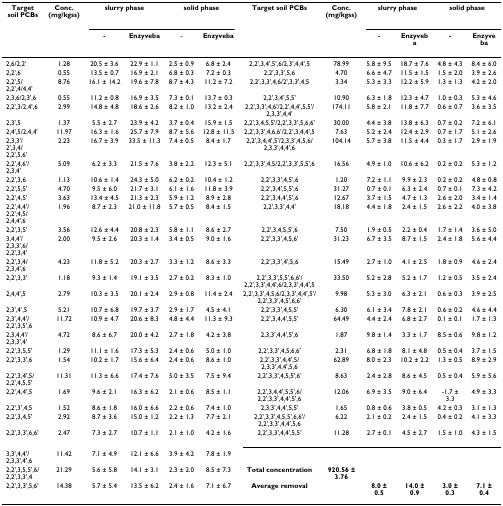
<table><thead><tr><td><b>Target soil PCBs</b></td><td><b>Conc. (mg/kgss)</b></td><td colspan="2"><b>slurry phase</b></td><td colspan="2"><b>solid phase</b></td><td><b>Target soil PCBs</b></td><td><b>Conc. (mg/kgss)</b></td><td colspan="2"><b>slurry phase</b></td><td colspan="2"><b>solid phase</b></td></tr><tr><td></td><td></td><td><b>-</b></td><td><b>Enzyveba</b></td><td><b>-</b></td><td><b>Enzyveba</b></td><td></td><td></td><td><b>-</b></td><td><b>Enzyveba</b></td><td><b>-</b></td><td><b>Enzyveba</b></td></tr></thead><tbody><tr><td>2,6/2,2&#x27;</td><td>1.28</td><td>20.5 ± 3.6</td><td>22.9 ± 1.1</td><td>2.5 ± 0.9</td><td>6.8 ± 2.4</td><td>2,2&#x27;,3,4&#x27;,5&#x27;,6/2,3&#x27;,4,4&#x27;,5</td><td>78.99</td><td>5.8 ± 9.5</td><td>18.7 ± 7.6</td><td>4.8 ± 4.3</td><td>8.4 ± 6.0</td></tr><tr><td>2,2&#x27;,6</td><td>0.55</td><td>13.5 ± 0.7</td><td>16.9 ± 2.1</td><td>6.8 ± 0.3</td><td>7.2 ± 0.3</td><td>2,2&#x27;,3,3&#x27;,5,6</td><td>4.70</td><td>6.6 ± 4.7</td><td>11.5 ± 1.5</td><td>1.5 ± 2.0</td><td>3.9 ± 2.6</td></tr><tr><td>2,2&#x27;,5/2,2&#x27;,4/4,4&#x27;</td><td>8.76</td><td>16.1 ± 14.2</td><td>19.6 ± 7.8</td><td>8.7 ± 4.3</td><td>11.2 ± 7.2</td><td>2,2&#x27;,3,3&#x27;,4,6/2&#x27;,3,3&#x27;,4,5</td><td>3.34</td><td>5.3 ± 3.3</td><td>12.2 ± 5.9</td><td>1.3 ± 1.3</td><td>4.2 ± 2.0</td></tr><tr><td>2,3,6/2,3&#x27;,6</td><td>0.55</td><td>11.2 ± 0.8</td><td>16.9 ± 3.5</td><td>7.3 ± 0.1</td><td>13.7 ± 0.3</td><td>2,2&#x27;,3,4&#x27;,5,5&#x27;</td><td>10.90</td><td>6.3 ± 1.8</td><td>12.3 ± 4.7</td><td>1.0 ± 0.3</td><td>5.3 ± 4.6</td></tr><tr><td>2,2&#x27;,3/2,4&#x27;,6</td><td>2.99</td><td>14.8 ± 4.8</td><td>18.6 ± 2.6</td><td>8.2 ± 1.0</td><td>13.2 ± 2.4</td><td>2,2&#x27;,3,3&#x27;,4,6&#x27;/2,2&#x27;,4,4&#x27;,5,5&#x27;/2,3,3&#x27;,4,4&#x27;</td><td>174.11</td><td>5.8 ± 2.1</td><td>11.8 ± 7.7</td><td>0.6 ± 0.7</td><td>3.6 ± 3.5</td></tr><tr><td>2,3&#x27;,5</td><td>1.37</td><td>5.5 ± 2.7</td><td>23.9 ± 4.2</td><td>3.7 ± 0.4</td><td>15.9 ± 1.5</td><td>2,2&#x27;,3,4,5,5&#x27;/2,2&#x27;,3,3&#x27;,5,6,6&#x27;</td><td>30.00</td><td>4.4 ± 3.8</td><td>13.8 ± 6.3</td><td>0.7 ± 0.2</td><td>7.2 ± 6.1</td></tr><tr><td>2,4&#x27;,5/2,4,4&#x27;</td><td>11.97</td><td>16.3 ± 1.6</td><td>25.7 ± 7.9</td><td>8.7 ± 5.6</td><td>12.8 ± 11.5</td><td>2,2&#x27;,3,3&#x27;,4,6,6&#x27;/2,2&#x27;,3,4,4&#x27;,5</td><td>7.63</td><td>5.2 ± 2.4</td><td>12.4 ± 2.9</td><td>0.7 ± 1.7</td><td>5.1 ± 2.6</td></tr><tr><td>2,3,3&#x27;/2&#x27;,3,4/2,2&#x27;,5,6&#x27;</td><td>2.23</td><td>16.7 ± 3.9</td><td>33.5 ± 11.3</td><td>7.4 ± 0.5</td><td>8.4 ± 1.7</td><td>2,2&#x27;,3,4,4&#x27;,5&#x27;/2,3,3&#x27;,4,5,6/2,3,3&#x27;,4,4&#x27;,6</td><td>104.14</td><td>5.7 ± 3.8</td><td>11.5 ± 4.4</td><td>0.3 ± 1.7</td><td>2.9 ± 1.9</td></tr><tr><td>2,2&#x27;,4,6&#x27;/2,3,4&#x27;</td><td>5.09</td><td>6.2 ± 3.3</td><td>21.5 ± 7.6</td><td>3.8 ± 2.2</td><td>12.3 ± 5.1</td><td>2,2&#x27;,3,3&#x27;,4,5/2,2&#x27;,3,3&#x27;,5,5&#x27;,6</td><td>16.56</td><td>4.9 ± 1.0</td><td>10.6 ± 6.2</td><td>0.2 ± 0.2</td><td>5.3 ± 1.2</td></tr><tr><td>2,2&#x27;,3,6</td><td>1.13</td><td>10.6 ± 1.4</td><td>24.3 ± 5.0</td><td>6.2 ± 0.2</td><td>10.4 ± 1.2</td><td>2,2&#x27;,3,3&#x27;,4,5&#x27;,6</td><td>1.20</td><td>7.2 ± 1.1</td><td>9.9 ± 2.3</td><td>0.2 ± 0.2</td><td>4.8 ± 0.8</td></tr><tr><td>2,2&#x27;,5,5&#x27;</td><td>4.70</td><td>9.5 ± 6.0</td><td>21.7 ± 3.1</td><td>6.1 ± 1.6</td><td>11.8 ± 3.9</td><td>2,2&#x27;,3,4&#x27;,5,5&#x27;,6</td><td>31.27</td><td>0.7 ± 0.1</td><td>6.3 ± 2.4</td><td>0.7 ± 0.1</td><td>7.3 ± 4.2</td></tr><tr><td>2,2&#x27;,4,5&#x27;</td><td>3.63</td><td>13.4 ± 4.5</td><td>21.3 ± 2.3</td><td>5.9 ± 1.2</td><td>8.9 ± 2.8</td><td>2,2&#x27;,3,4,4&#x27;,5&#x27;,6</td><td>12.67</td><td>3.7 ± 1.5</td><td>4.7 ± 1.3</td><td>2.6 ± 2.0</td><td>3.4 ± 1.4</td></tr><tr><td>2,2&#x27;,4,4&#x27;/2,2&#x27;,4,5/2,4,4&#x27;,6</td><td>1.96</td><td>8.7 ± 2.3</td><td>21.0 ± 11.8</td><td>5.7 ± 0.5</td><td>8.4 ± 1.5</td><td>2,2&#x27;,3,3&#x27;,4,4&#x27;</td><td>18.18</td><td>4.4 ± 1.8</td><td>2.4 ± 1.5</td><td>2.6 ± 2.2</td><td>4.0 ± 3.8</td></tr><tr><td>2,2&#x27;,3,5&#x27;</td><td>3.56</td><td>12.6 ± 4.4</td><td>20.8 ± 2.3</td><td>5.8 ± 1.1</td><td>8.6 ± 2.7</td><td>2,2&#x27;,3,4,5,5&#x27;,6</td><td>7.50</td><td>1.9 ± 0.5</td><td>2.2 ± 0.4</td><td>1.7 ± 1.4</td><td>3.6 ± 5.0</td></tr><tr><td>3,4,4&#x27;/2,3,3&#x27;,6/2,2&#x27;,3,4&#x27;</td><td>2.00</td><td>9.5 ± 2.6</td><td>20.3 ± 1.4</td><td>3.4 ± 0.5</td><td>9.0 ± 1.6</td><td>2,2&#x27;,3,3&#x27;,4,5,6&#x27;</td><td>31.23</td><td>6.7 ± 3.5</td><td>8.7 ± 1.5</td><td>2.4 ± 1.8</td><td>5.6 ± 4.4</td></tr><tr><td>2,2&#x27;,3,4/2,3,4&#x27;,6</td><td>4.23</td><td>11.8 ± 5.2</td><td>20.3 ± 2.7</td><td>3.3 ± 1.2</td><td>8.6 ± 3.3</td><td>2,2&#x27;,3,3&#x27;,4&#x27;,5,6</td><td>15.49</td><td>2.7 ± 1.0</td><td>4.1 ± 2.5</td><td>1.8 ± 0.9</td><td>4.6 ± 2.4</td></tr><tr><td>2,2&#x27;,3,3&#x27;</td><td>1.18</td><td>9.3 ± 1.4</td><td>19.1 ± 3.5</td><td>2.7 ± 0.2</td><td>8.3 ± 1.0</td><td>2,2&#x27;,3,3&#x27;,5,5&#x27;,6,6&#x27;/2,2&#x27;,3,3&#x27;,4,4&#x27;,6/2,3,3&#x27;,4,4&#x27;,5</td><td>33.50</td><td>5.2 ± 2.8</td><td>5.2 ± 1.7</td><td>1.2 ± 0.5</td><td>3.5 ± 2.4</td></tr><tr><td>2,4,4&#x27;,5</td><td>2.79</td><td>10.3 ± 3.5</td><td>20.1 ± 2.4</td><td>2.9 ± 0.8</td><td>11.4 ± 2.4</td><td>2,2&#x27;,3,3&#x27;,4,5,6/2,3,3&#x27;,4,4&#x27;,5&#x27;/2,2&#x27;,3,3&#x27;,4,5&#x27;,6,6&#x27;</td><td>9.98</td><td>5.3 ± 3.0</td><td>6.3 ± 2.1</td><td>0.6 ± 0.3</td><td>3.9 ± 2.5</td></tr><tr><td>2,3&#x27;,4&#x27;,5</td><td>5.21</td><td>10.7 ± 6.8</td><td>19.7 ± 3.7</td><td>2.9 ± 1.7</td><td>4.5 ± 4.1</td><td>2,2&#x27;,3,3&#x27;,4,5,5&#x27;</td><td>6.30</td><td>6.1 ± 3.4</td><td>7.8 ± 2.1</td><td>0.6 ± 0.2</td><td>4.6 ± 4.4</td></tr><tr><td>2,3&#x27;,4,4&#x27;/2,2&#x27;,3,5&#x27;,6</td><td>11.72</td><td>10.9 ± 4.7</td><td>20.6 ± 8.3</td><td>4.8 ± 4.4</td><td>11.3 ± 9.3</td><td>2,2&#x27;,3,4,4&#x27;,5,5&#x27;</td><td>64.49</td><td>4.4 ± 2.4</td><td>6.8 ± 2.7</td><td>0.1 ± 0.1</td><td>1.7 ± 1.3</td></tr><tr><td>2,3,4,4&#x27;/2,3,3&#x27;,4&#x27;</td><td>4.72</td><td>8.6 ± 6.7</td><td>20.0 ± 4.2</td><td>2.7 ± 1.8</td><td>4.2 ± 3.8</td><td>2,3,3&#x27;,4,4&#x27;,5&#x27;,6</td><td>1.87</td><td>9.8 ± 1.4</td><td>3.3 ± 1.7</td><td>8.5 ± 0.6</td><td>9.8 ± 1.2</td></tr><tr><td>2,2&#x27;,3,5,5&#x27;</td><td>1.29</td><td>11.1 ± 1.6</td><td>17.3 ± 5.3</td><td>2.4 ± 0.6</td><td>5.0 ± 1.0</td><td>2,2&#x27;,3,3&#x27;,4,5,6,6&#x27;</td><td>2.31</td><td>6.8 ± 1.8</td><td>8.1 ± 4.8</td><td>0.5 ± 0.4</td><td>3.7 ± 1.5</td></tr><tr><td>2,2&#x27;,3,3&#x27;,6</td><td>1.54</td><td>10.2 ± 1.7</td><td>15.6 ± 6.4</td><td>2.4 ± 0.6</td><td>8.6 ± 1.0</td><td>2,2&#x27;,3,3&#x27;,4,4&#x27;,5/2,3,3&#x27;,4,4&#x27;,5,6</td><td>62.89</td><td>8.0 ± 2.3</td><td>10.2 ± 2.2</td><td>1.3 ± 0.5</td><td>8.9 ± 2.9</td></tr><tr><td>2,2&#x27;,3,4&#x27;,5/2,2&#x27;,4,5,5&#x27;</td><td>11.31</td><td>11.3 ± 6.6</td><td>17.4 ± 7.6</td><td>5.0 ± 3.5</td><td>7.5 ± 9.4</td><td>2,2&#x27;,3,3&#x27;,4,5,5&#x27;,6&#x27;</td><td>8.63</td><td>2.4 ± 2.8</td><td>8.6 ± 4.5</td><td>0.5 ± 0.4</td><td>5.9 ± 5.6</td></tr><tr><td>2,2&#x27;,4,4&#x27;,5</td><td>1.69</td><td>9.6 ± 2.1</td><td>16.3 ± 6.2</td><td>2.1 ± 0.6</td><td>8.5 ± 1.1</td><td>2,2&#x27;,3,4,4&#x27;,5,5&#x27;,6/2,2&#x27;,3,3&#x27;,4,4&#x27;,5&#x27;,6</td><td>12.06</td><td>6.9 ± 3.5</td><td>9.0 ± 6.4</td><td>-1.7 ± 3.3</td><td>4.9 ± 3.3</td></tr><tr><td>2,2&#x27;,3&#x27;,4,5</td><td>1.52</td><td>8.6 ± 1.8</td><td>16.0 ± 6.6</td><td>2.2 ± 0.6</td><td>7.4 ± 1.0</td><td>2,3,3&#x27;,4,4&#x27;,5,5&#x27;</td><td>1.65</td><td>0.8 ± 0.6</td><td>3.8 ± 0.5</td><td>4.2 ± 0.3</td><td>3.1 ± 1.3</td></tr><tr><td>2,2&#x27;,3,4,5&#x27;</td><td>2.92</td><td>8.7 ± 3.6</td><td>15.0 ± 1.2</td><td>2.2 ± 1.3</td><td>7.7 ± 2.1</td><td>2,2&#x27;,3,3&#x27;,4,5,5&#x27;,6,6&#x27;/2,2&#x27;,3,3&#x27;,4,4&#x27;,5,6</td><td>6.22</td><td>2.1 ± 0.2</td><td>2.4 ± 1.5</td><td>0.4 ± 0.2</td><td>4.1 ± 3.3</td></tr><tr><td>2,2&#x27;,3,3&#x27;,6,6&#x27;</td><td>2.47</td><td>7.3 ± 2.7</td><td>10.7 ± 1.1</td><td>2.1 ± 1.0</td><td>4.2 ± 1.6</td><td>2,2&#x27;,3,3&#x27;,4,4&#x27;,5,5&#x27;</td><td>11.28</td><td>2.7 ± 0.1</td><td>4.5 ± 2.7</td><td>1.5 ± 1.0</td><td>4.3 ± 1.5</td></tr><tr><td>3,3&#x27;,4,4&#x27;/2,3,3&#x27;,4&#x27;,6</td><td>11.42</td><td>7.1 ± 4.9</td><td>12.1 ± 6.6</td><td>3.9 ± 4.2</td><td>7.8 ± 1.9</td><td></td><td></td><td></td><td></td><td></td><td></td></tr><tr><td>2,2&#x27;,3,5,5&#x27;,6/2,2&#x27;,3,3&#x27;,4</td><td>21.29</td><td>5.6 ± 5.8</td><td>14.1 ± 3.1</td><td>2.3 ± 2.0</td><td>8.5 ± 7.3</td><td><b>Total concentration</b></td><td><b>920.56 ± 3.76</b></td><td></td><td></td><td></td><td></td></tr><tr><td>2,2&#x27;,3,3&#x27;,5,6&#x27;</td><td>14.38</td><td>5.7 ± 5.4</td><td>13.5 ± 6.2</td><td>2.4 ± 1.6</td><td>7.1 ± 6.7</td><td><b>Average removal</b></td><td></td><td><b>8.0 ± 0.5</b></td><td><b>14.0 ± 0.9</b></td><td><b>3.0 ± 0.3</b></td><td><b>7.1 ± 0.4</b></td></tr></tbody></table>